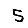
Digit: 5